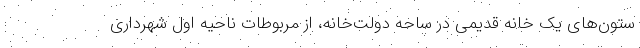
ستون‌های یک خانه قدیمی در ساحه دولت‌خانه، از مربوطات ناحیه اول شهرداری